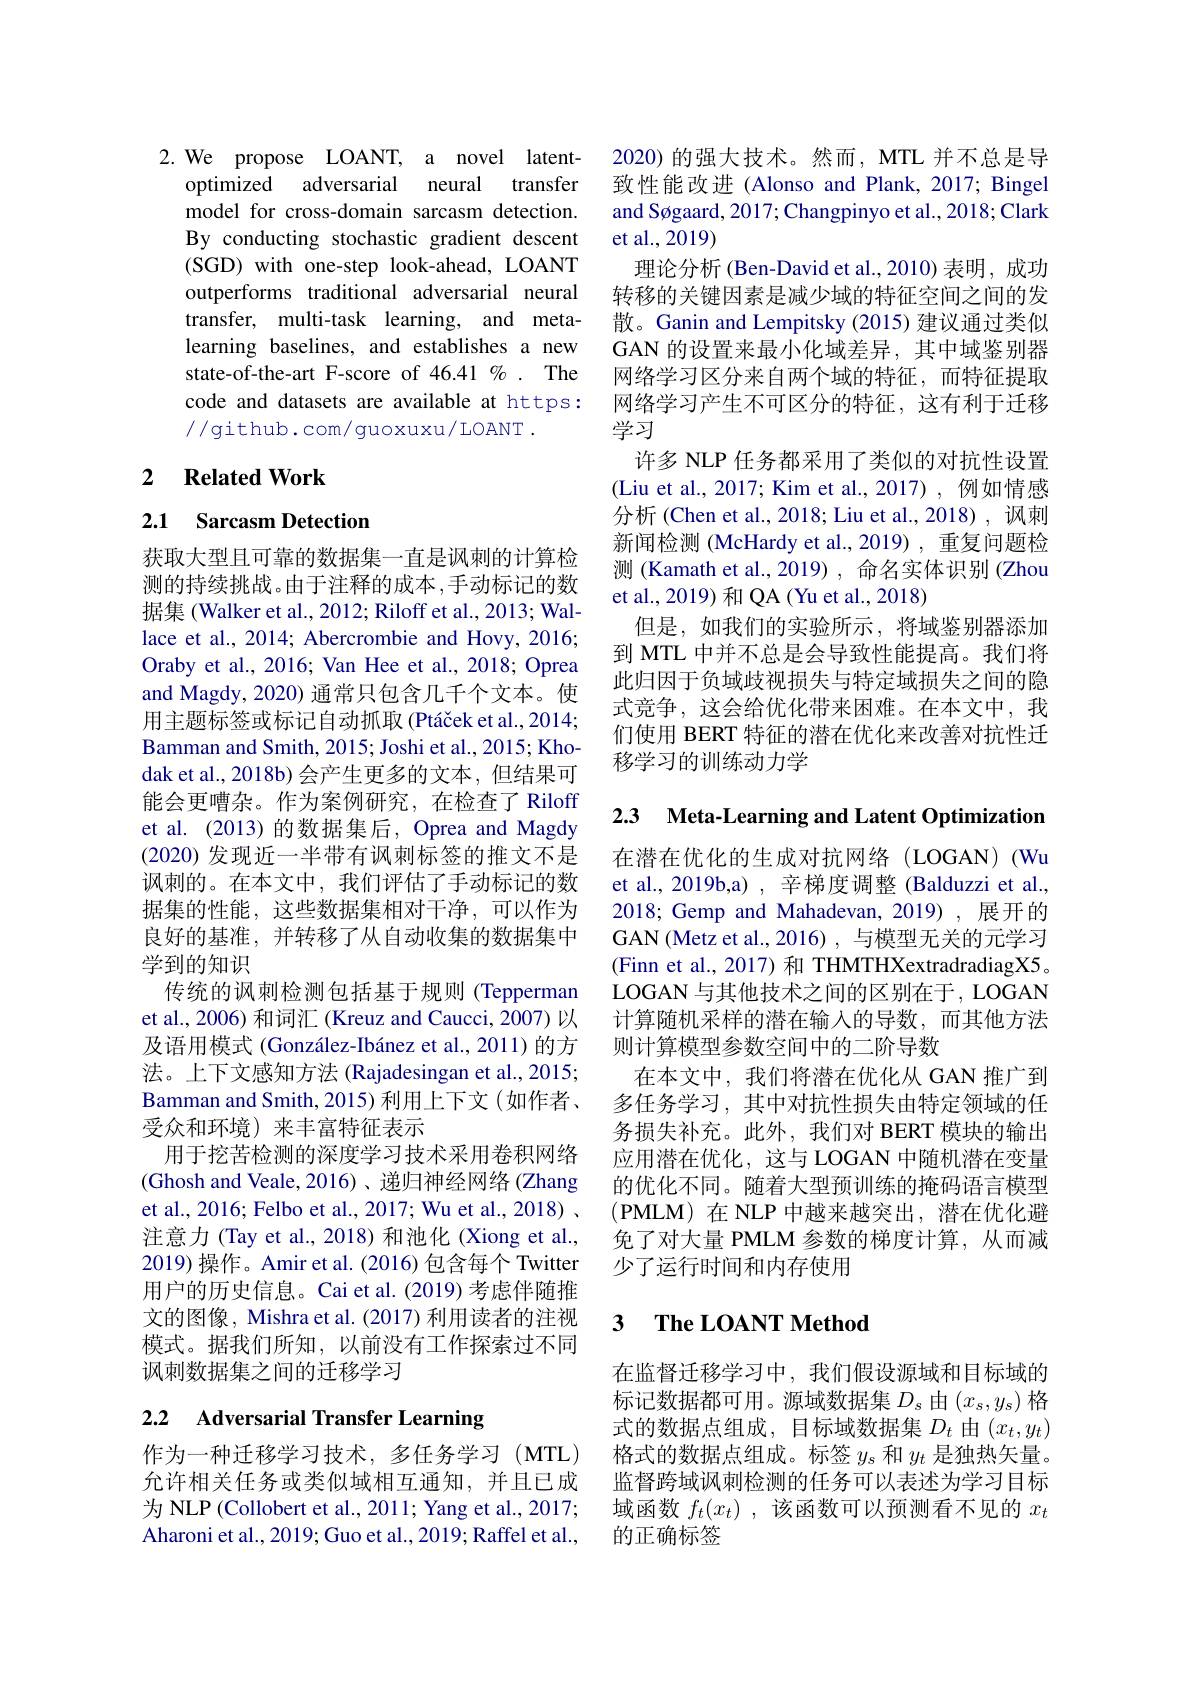
2.We propose LOANT, a novel latent-
optimized adversarial neural transfer model for cross-domain sarcasm detection. By conducting stochastic gradient descent (SGD) with one-step look-ahead, LOANT outperforms traditional adversarial neural transfer, multi-task learning, and metalearning baselines, and establishes a new state-of-the-art F-score of 46.41 % . The code and datasets are available at https: //github.com/guoxuxu/LOANT .

## 2 $\textbf{Related Work}$

## 2.1 Sarcasm Detection

获取大型且可靠的数据集一直是讽刺的计算检测的持续挑战。由于注释的成本，手动标记的数据集 (Walker et al., 2012; Riloff et al., 2013; Wallace et al., 2014; Abercrombie and Hovy, 2016; Oraby et al., 2016; Van Hee et al., 2018; Oprea and Magdy, 2020) 通常只包含几千个文本。使用主题标签或标记自动抓取(Ptáček et al.,2014; Bamman and Smith, 2015; Joshi et al. , 2015; Kho- dak et al., 2018b) 会产生更多的文本，但结果可能会更嘈杂。作为案例研究，在检查了 Riloff et al. (2013) 的数据集后，Oprea and Magdy (2020)发现近一半带有讽刺标签的推文不是讽刺的。在本文中，我们评估了手动标记的数据集的性能，这些数据集相对干净，可以作为良好的基准，并转移了从自动收集的数据集中学到的知识
传统的讽刺检测包括基于规则 (Tepperman et al., 2006) 和词汇 (Kreuz and Caucci, 2007) 以及语用模式 (González-Ibánez et al.,2011)的方法。上下文感知方法 (Rajadesingan et al., 2015; Bamman and Smith, 2015) 利用上下文(如作者、 受众和环境)来丰富特征表示
用于挖苦检测的深度学习技术采用卷积网络(Ghosh and Veale,2016)、递归神经网络 (Zhang et al., 2016; Felbo et al., 2017; Wu et al., 2018) 、 注意力 (Tay et al., 2018) 和池化 (Xiong et al., 2019) 操作。Amir et al. (2016) 包含每个 Twitter 用户的历史信息。Cai et al.(2019) 考虑伴随推文的图像，Mishra et al. (2017) 利用读者的注视模式。据我们所知，以前没有工作探索过不同讽刺数据集之间的迁移学习

## 2.2 Adversarial Transfer Learning

作为一种迁移学习技术，多任务学习(MTL) 允许相关任务或类似域相互通知，并且已成为 NLP (Collobert et al., 2011; Yang et al., 2017; Aharoni et al., 2019; Guo et al., 2019; Raffel et al.,

2020)的强大技术。然而，MTL 并不总是导致性能改进 (Alonso and Plank, 2017; Bingel and Søgaard, 2017; Changpinyo et al., 2018; Clark et al.,2019)
理论分析 (Ben-David et al.,2010) 表明，成功转移的关键因素是减少域的特征空间之间的发散。Ganin and Lempitsky (2015) 建议通过类似GAN 的设置来最小化域差异，其中域鉴别器网络学习区分来自两个域的特征，而特征提取网络学习产生不可区分的特征，这有利于迁移学习
许多 NLP 任务都采用了类似的对抗性设置(Liu et al., 2017; Kim et al., 2017) , 例如情感分析 (Chen et al., 2018; Liu et al., 2018) , 讽刺新闻检测 (McHardy et al.,2019) , 重复问题检测 (Kamath et al., 2019) , 命名实体识别 (Zhou et al., 2019) 和 QA (Yu et al., 2018)
但是，如我们的实验所示，将域鉴别器添加到 MTL 中并不总是会导致性能提高。我们将此归因于负域歧视损失与特定域损失之间的隐式竞争，这会给优化带来困难。在本文中，我们使用 BERT 特征的潜在优化来改善对抗性迁移学习的训练动力学

2.3 Meta-Learning and Latent Optimization

在潜在优化的生成对抗网络(LOGAN)(Wu et al., 2019b,a) , 辛梯度调整 (Balduzzi et al., 2018; Gemp and Mahadevan, 2019) ,展开的GAN (Metz et al.,2016) ,与模型无关的元学习(Finn et al., 2017)和 THMTHXextradradiagX5。LOGAN 与其他技术之间的区别在于，LOGAN 计算随机采样的潜在输入的导数，而其他方法则计算模型参数空间中的二阶导数
在本文中，我们将潜在优化从 GAN 推广到多任务学习，其中对抗性损失由特定领域的任务损失补充。此外，我们对 BERT 模块的输出应用潜在优化，这与 LOGAN 中随机潜在变量的优化不同。随着大型预训练的掩码语言模型(PMLM)在 NLP 中越来越突出，潜在优化避免了对大量 PMLM 参数的梯度计算，从而减少了运行时间和内存使用

## 3 $\textbf{The LOANT Method}$

在监督迁移学习中，我们假设源域和目标域的标记数据都可用。源域数据集$D_s$由$(x_s,y_s)$格式的数据点组成，目标域数据集$D_t$由$(x_t,y_t)$ 格式的数据点组成。标签$y_\mathrm{s}$和$y_t$是独热矢量。监督跨域讽刺检测的任务可以表述为学习目标域函数$f_t( x_t)$ ,该函数可以预测看不见的$x_t$ 的正确标签